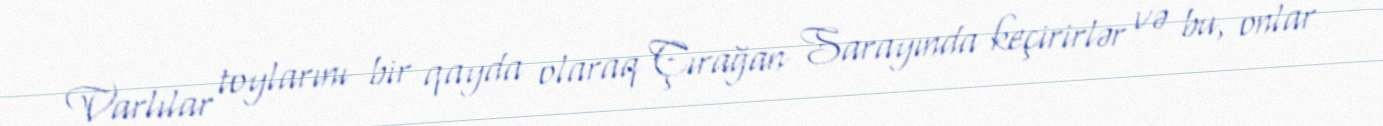
Varlılar toylarını bir qayda olaraq Çırağan Sarayında keçirirlər və bu, onlar